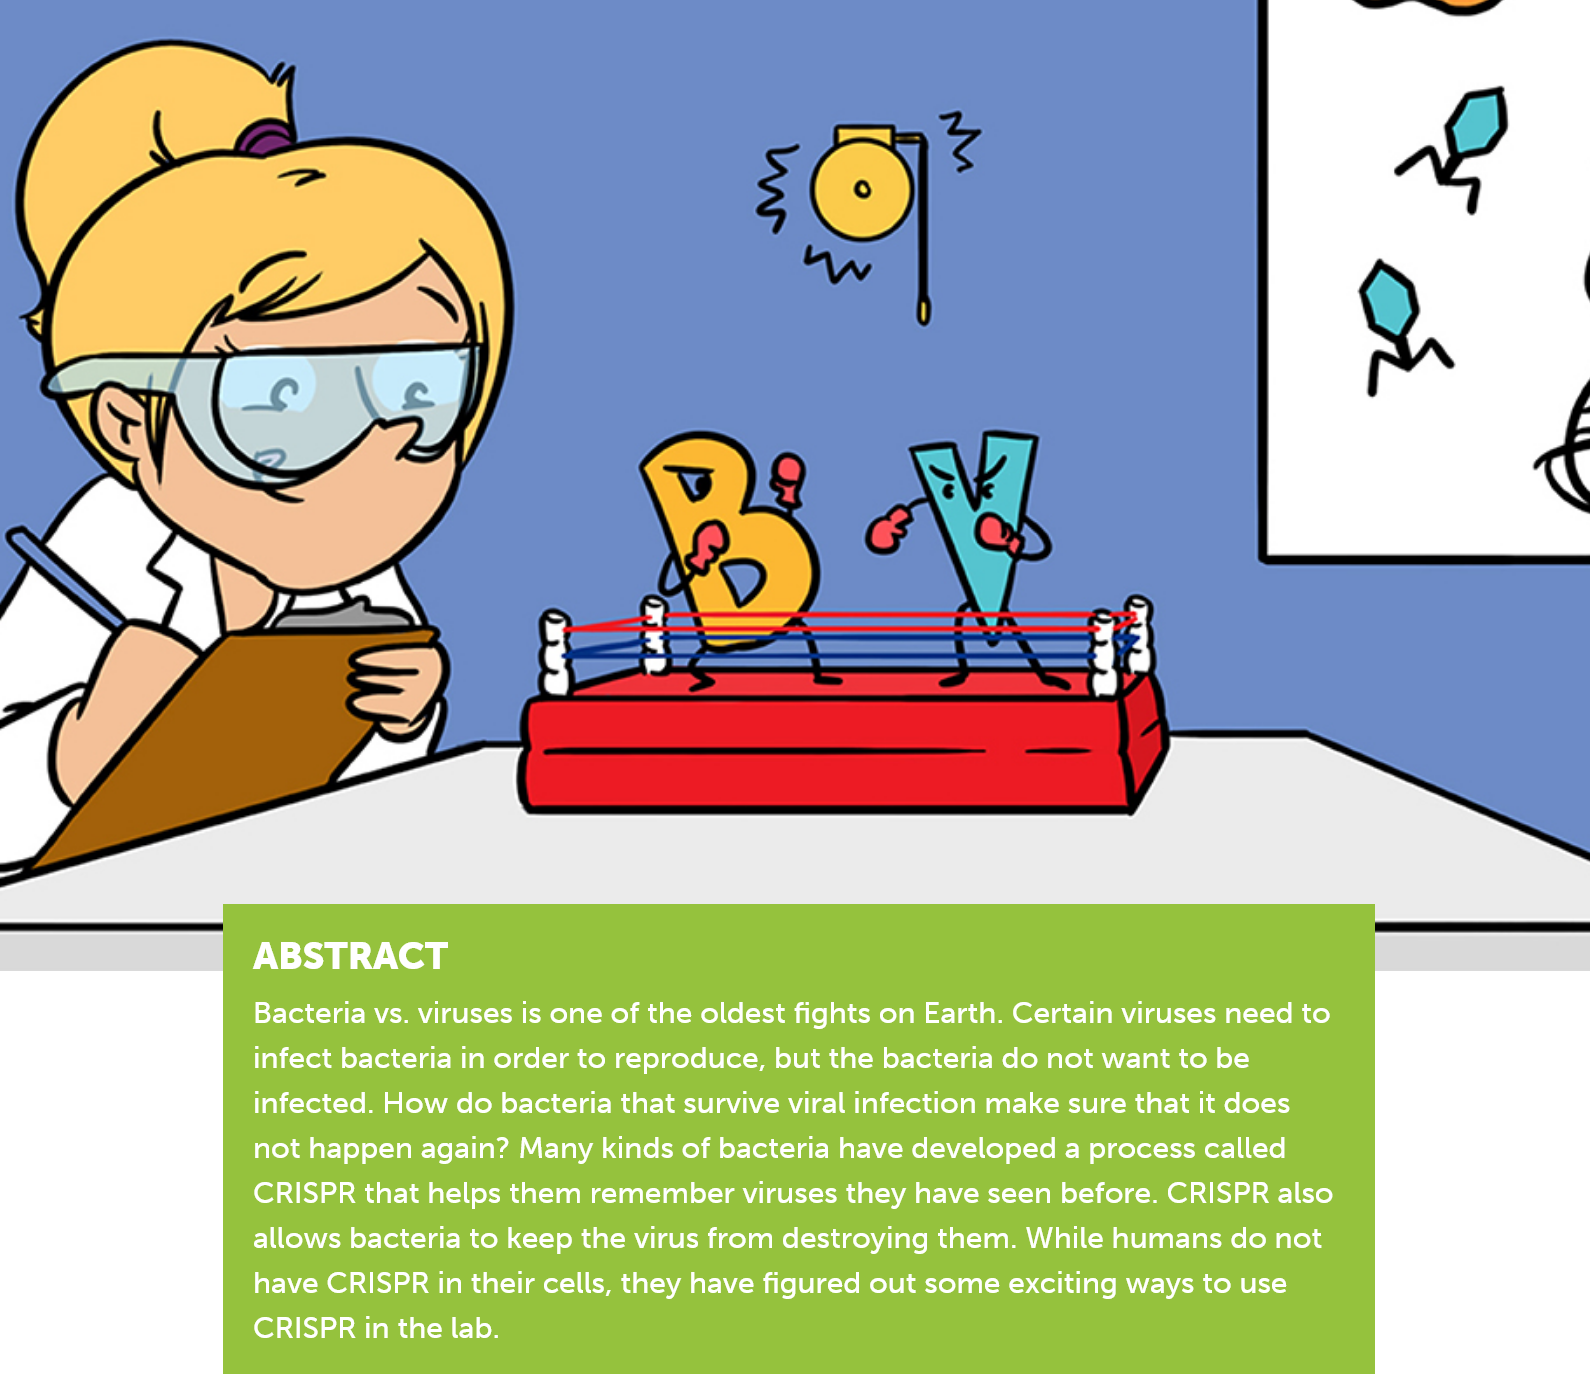
ABSTRACT
     Bacteria vs. viruses is one of the oldest fights on Earth. Certain viruses need to
     infect bacteria in order to reproduce, but the bacteria do not want to be
     infected. How do bacteria that survive viral infection make sure that it does
     not happen again? Many kinds of bacteria have developed a process called
     CRISPR that helps them remember viruses they have seen before. CRISPR also
     allows bacteria to keep the virus from destroying them. While humans do not
     have CRISPR in their cells, they have figured out some exciting ways to use
     el eam   cata om